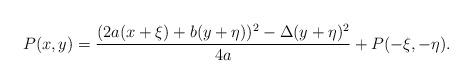
LaTeX: \begin{align*} P(x,y) = \frac{(2a(x+\xi) + b(y+\eta))^{2} - \Delta (y+\eta)^{2}}{4a} + P(-\xi,-\eta).\end{align*}